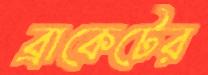
ব্রাকেটের